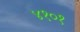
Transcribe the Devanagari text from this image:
४१०१